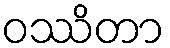
ဝဿိတာ